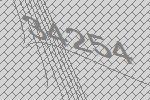
34254